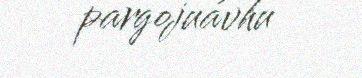
pargojuávhu